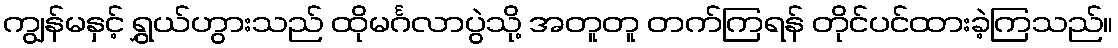
ကျွန်မနှင့် ရွှယ်ဟွားသည် ထိုမင်္ဂလာပွဲသို့ အတူတူ တက်ကြရန် တိုင်ပင်ထားခဲ့ကြသည်။